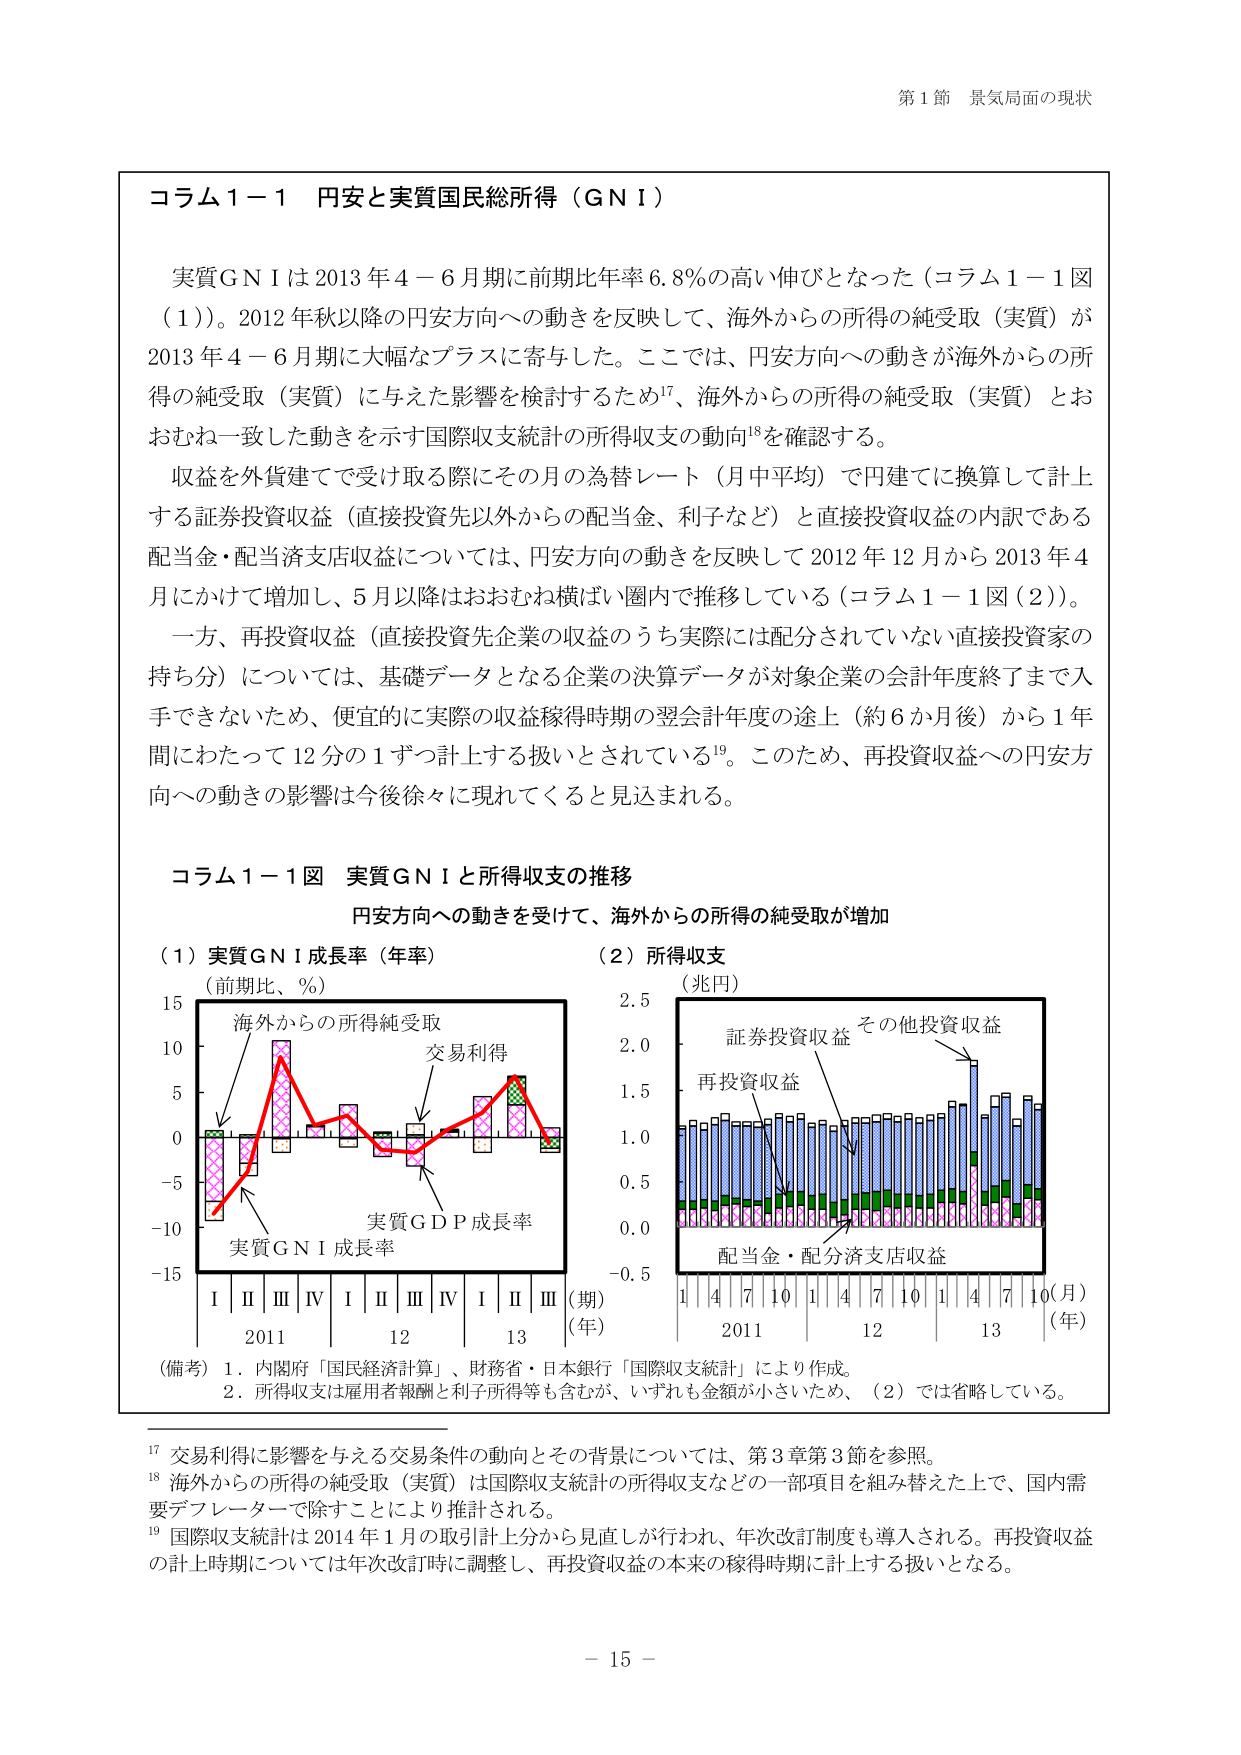
コラム１－１ 円安と実質国民総所得（ＧＮＩ）

実質ＧＮＩは2013年4－6月期に前期比年率6.8％の高い伸びとなった（コラム１－１図（1））。2012年秋以降の円安方向への動きを反映して、海外からの所得の純受取（実質）が2013年4－6月期に大幅なプラスに寄与した。ここでは、円安方向への動きが海外からの所得の純受取（実質）に与えた影響を検討するため17、海外からの所得の純受取（実質）とおおむね一致した動きを示す国際収支統計の所得収支の動向18を確認する。

収益を外貨建てで受け取る際にその月の為替レート（月中平均）で円建てに換算して計上する証券投資収益（直接投資先以外からの配当金、利子など）と直接投資収益の内訳である配当金・配当済支店収益については、円安方向の動きを反映して2012年12月から2013年4月にかけて増加し、5月以降はおおむね横ばい圏内で推移している（コラム１－１図（2））。

一方、再投資収益（直接投資先企業の収益のうち実際には配分されていない直接投資家の持ち分）については、基礎データとなる企業の決算データが対象企業の会計年度終了まで入手できないため、便宜的に実際の収益稼得時期の翌会計年度の途上（約6か月後）から1年間にわたって12分の1ずつ計上する扱いとされている19。このため、再投資収益への円安方向への動きの影響は今後徐々に現れてくると見込まれる。

コラム１－１図 実質ＧＮＩと所得収支の推移
円安方向への動きを受けて、海外からの所得の純受取が増加

（1）実質ＧＮＩ成長率（年率）
（前期比、％）
15
10
5
0
-5
-10
-15
海外からの所得純受取
交易利得
実質ＧＤＰ成長率
実質ＧＮＩ成長率
Ⅰ Ⅱ Ⅲ Ⅳ Ⅰ Ⅱ Ⅲ Ⅳ Ⅰ Ⅱ Ⅲ（期）
2011 12 13（年）

（2）所得収支
（兆円）
2.5
2.0
1.5
1.0
0.5
0.0
-0.5
証券投資収益 その他投資収益
再投資収益
配当金・配当済支店収益
1 4 7 10 1 4 7 10 1 4 7 10（月）
2011 12 13（年）

（備考）1．内閣府「国民経済計算」、財務省・日本銀行「国際収支統計」により作成。
2．所得収支は雇用者報酬と利子所得等も含むが、いずれも金額が小さいため、（2）では省略している。

17 交易利得に影響を与える交易条件の動向とその背景については、第3章第3節を参照。
18 海外からの所得の純受取（実質）は国際収支統計の所得収支などの一部項目を組み替えた上で、国内需要デフレーターで除すことにより推計される。
19 国際収支統計は2014年1月の取引計上分から見直しが行われ、年次改訂制度も導入される。再投資収益の計上時期については年次改訂時に調整し、再投資収益の本来の稼得時期に計上する扱いとなる。

第1節 景気局面の現状

－15－